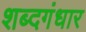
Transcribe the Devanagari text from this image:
शब्दगंधार